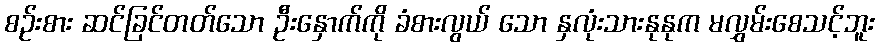
စဉ်းစား ဆင်ခြင်တတ်သော ဦးနှောက်ကို ခံစားလွယ် သော နှလုံးသားနုနုက မလွှမ်းစေသင့်ဘူး